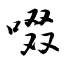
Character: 啜